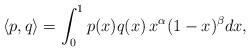
LaTeX: \begin{align*} \langle p,q\rangle=\int_{0}^1p(x)q(x)\,x^\alpha(1-x)^\beta dx,\end{align*}